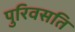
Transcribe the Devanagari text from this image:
पुरिवसति